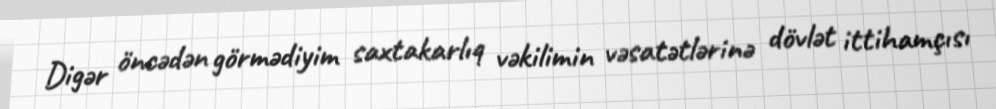
Digər öncədən görmədiyim saxtakarlıq vəkilimin vəsatətlərinə dövlət ittihamçısı